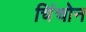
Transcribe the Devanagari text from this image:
चिंचोन